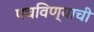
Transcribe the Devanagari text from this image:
पचविण्याची